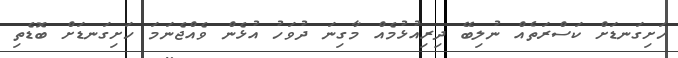
ހަށިގަނޑަށް ކަސްރަތެއް ނުލިބޭ ދިރިއުޅުމެއް މާގިނަ ދުވަހު އުޅެން ވެއްޖެނަމަ ހަށިގަނޑަށް ބޮޑެތި